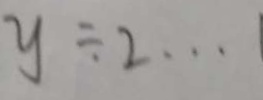
y \div 2 \cdots 1